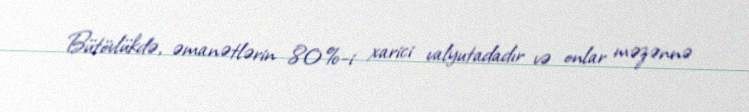
Bütövlükdə, əmanətlərin 80%-i xarici valyutadadır və onlar məzənnə